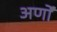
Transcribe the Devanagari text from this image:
अर्णों